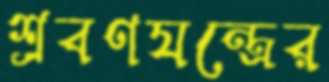
শ্রবণযন্ত্রের